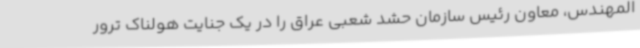
المهندس، معاون رئیس سازمان حشد شعبی عراق را در یک جنایت هولناک ترور